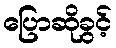
ပြောဆိုခွင့်